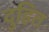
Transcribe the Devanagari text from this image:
दुहित